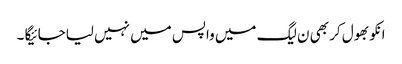
انکو بھول کر بھی ن لیگ میں واپس میں نہیں لیاجائیگا ۔